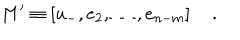
LaTeX: M ^ { \prime } \equiv \left[ u _ { - } , e _ { 2 } , \ldots , e _ { n - m } \right] \quad .